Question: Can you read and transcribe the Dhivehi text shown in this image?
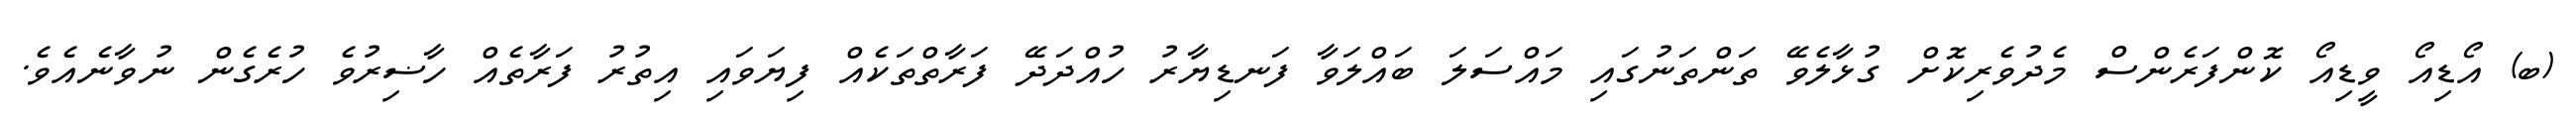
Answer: (ބ) އޯޑިއޯ ވީޑިއޯ ކޮންފަރެންސް މެދުވެރިކޮށް ގުޅާލެވޭ ތަންތަނުގައި މައްސަލަ ބައްލަވާ ފަނޑިޔާރު ހުއްދަދޭ ފަރާތްތަކެއް ފިޔަވައި އިތުރު ފަރާތެއް ހާޟިރުވެ ހުރެގެން ނުވާނެއެވެ.